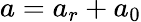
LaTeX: a=a_{r}+a_{0}